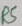
Text: R5